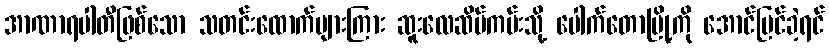
အာဏာရပါတီဖြစ်သော သတင်းထောက်များကြား ဆူးလေဆိပ်ကမ်းသို့ ပေါက်တောမြို့ကို အောင်မြင်ခဲ့ရင်